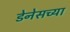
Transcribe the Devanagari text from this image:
डेनेसच्या